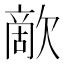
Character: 歒